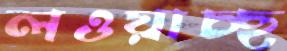
লওয়াচ্ছ